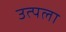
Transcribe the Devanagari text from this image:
उत्पला